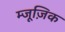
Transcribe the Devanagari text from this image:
म्जूज़िक